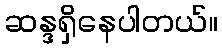
ဆန္ဒရှိနေပါတယ်။